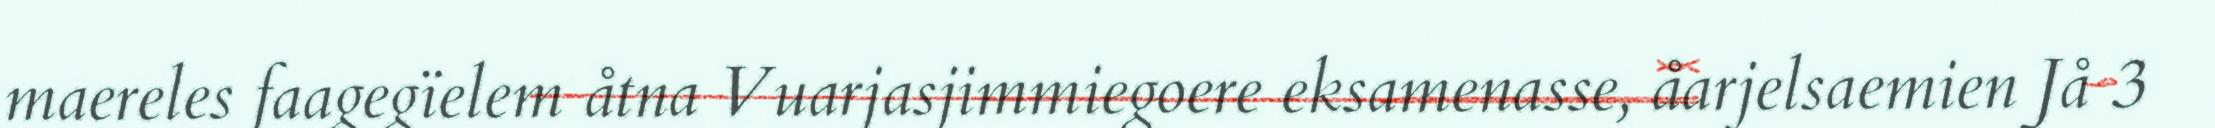
maereles faagegïelem åtna Vuarjasjimmiegoere eksamenasse, åarjelsaemien Jå 3